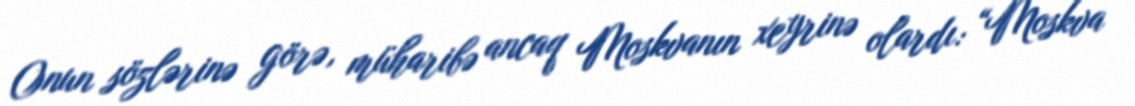
Onun sözlərinə görə, müharibə ancaq Moskvanın xeyrinə olardı: “Moskva